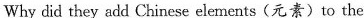
Why did they add Chinese elements (元素) to the